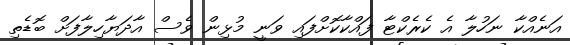
އަނެއްކާ ނަހުލާ އެ ކެރެކްޓާ ފައްކާކޮށްފައި ވަނީ މުޅިން ވެސް އާދަޔާހިލާފަށް ބޮޑެތި